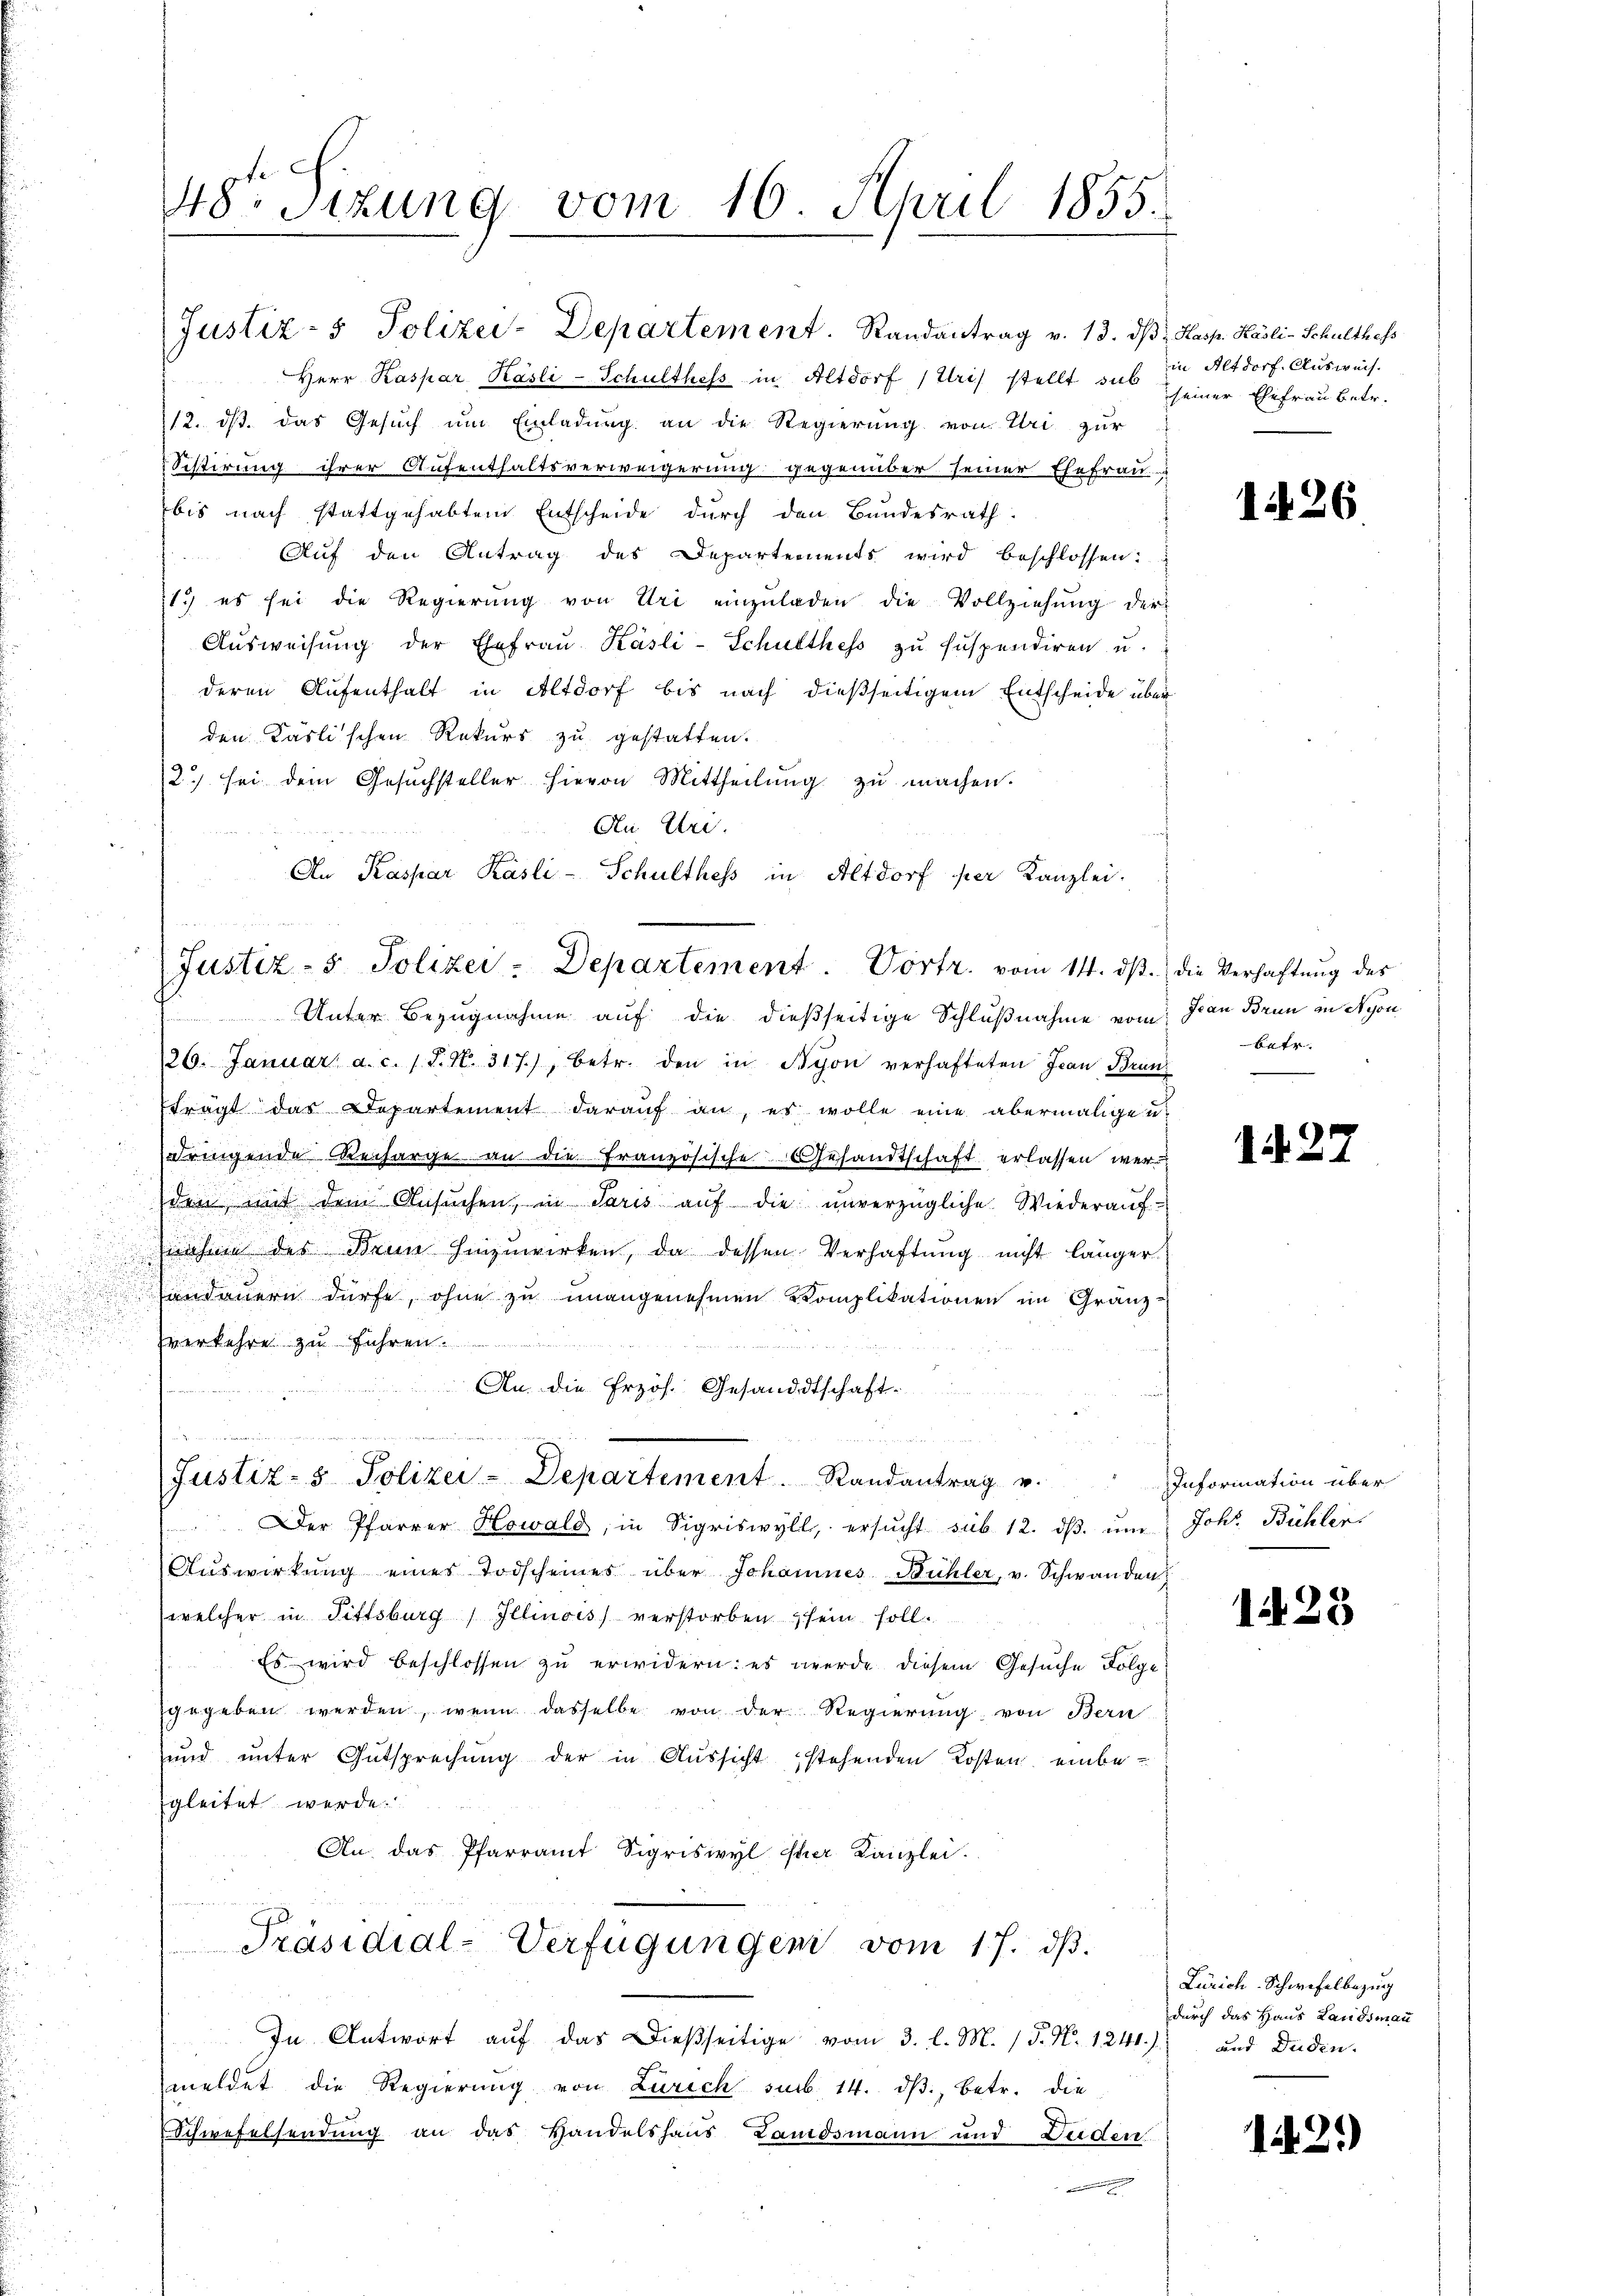
Justiz- & Polizei-Departement. Randantrag v. 13. dβ Kasp. Käsli-Schulthess
Herr Kaspar Käsli-Schulthess in Altdorf (Uri) stellt sub
12. ds. das Gesuch um Einladung an die Regierung von Uri zur
Sistirung ihrer Aufenthaltsverweigerung gegenüber seiner Ehefrau
bis nach stattgehabtem Entscheide durch den Bundesrath
Auf den Antrag des Departements wird beschlossen:

11.) es sei die Regierung von Uri einzŭladen die Vollziehung der
Aŭsweisŭng der Ehefraŭ Käsli-Schulthess zu suspendiren u.
deren Aufenthalt in Altdorf bis nach dießseitigem Entscheide über
den Käslischen Rekurs zu gestatten.
2.) sei dem Gesŭchsteller hievon Mittheilŭng zŭ machen.
An Uri.
An Kaspar Käsli-Schultheß in Altdorf per Kanzlei.
(Justiz- & Polizei-Departement. Vortr. vom 14. ds. die Verhaftung des
Unter Bezugnahme auf die dießseitige Schlußnahme vom Jan Brun in Nyon
/26. Januar a. c. (T. N. 317), betr. den in Nyon verhafteten Jean Brunfragt das Departement darauf an, es wolle eine abermaligen
dringende Recharge an die französische Gesandtschaft erlassen werd
den mit dem Ansŭchen, in Paris aŭf die ŭnverzügliche Wiederaŭf-
nahme des Bein hinzuwirken, da dessen Verhaftung nicht länger
andauern dürfe, ohne zu unangenehmen Komplikationen im Granz-
verkehre zu führen
An die Erzös. Gesandtschaft.

48. Sitzung vom 16. April 1855.

i man an
Justiz- & Polizei-Departement. Randantrag u.

Der Pfarrer Howald, in Sigriswyll, ersŭcht sub. 12. dβ. ŭm
a
Auswirkung eines Todscheines über Johannes Bühler, v. Schwanden
welcher in Fittsburg / Illinois verstorben sein soll.
Es wird beschlossen zu erwidern: es werde diesem Gesuche Folge
gegeben werden, wenn dasselbe von der Regierung von Bern
und ŭnter Entsprechŭng der in Aŭssicht stehenden Kosten einbegleitet werde.
An. das Pfarramt Sigriswyl isher Kanzlei.
Präsidial-Verfügungen vom 17. dβ.
In Antwort auf das dießseitige vom 3. l. M. (T. N. 1241) und Duden.
meldet die Regierung von Zürich sub. 14. dβ, betr. die
Schwefelsendung an das Handelshaus Landsmann und Leiden

in Altdorf. Ausweis
seiner Ehefrau betr.

1426

betr.
e

1. 27

Information über
Johs. Bühler.

125

Zürich. Schwefelbezug
durch das Haus Landsmann

143.)